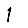
Digit: 1